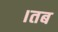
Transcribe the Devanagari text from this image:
।तब